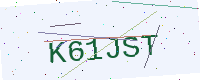
Text: K61JST